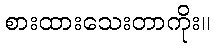
စားထားသေးတာကိုး။